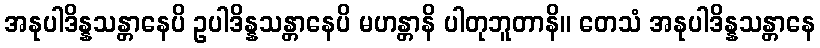
အနုပါဒိန္နသန္တာနေပိ ဥပါဒိန္နသန္တာနေပိ မဟန္တာနိ ပါတုဘူတာနိ။ တေသံ အနုပါဒိန္နသန္တာနေ